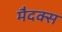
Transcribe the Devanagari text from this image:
मैदक्स